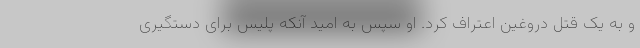
و به یک قتل دروغین اعتراف کرد. او سپس به امید آنکه پلیس برای دستگیری